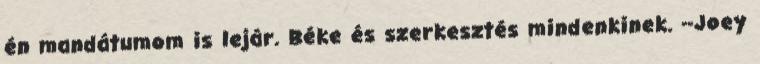
én mandátumom is lejár. Béke és szerkesztés mindenkinek. --Joey